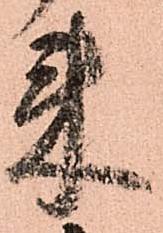
来